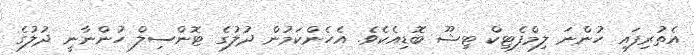
އެތުރިފައި ހުންނަ ލިމްފެޓިކް ޓިޝޫ ބޮޑިއެކެވެ. އެހެންކަމުން ދުލުގެ ޓޮންސިލް ހުންނާނީ ދުލުގެ